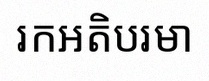
រកអតិបរមា